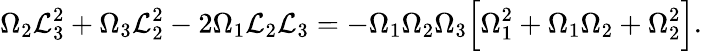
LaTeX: \Omega_{2}\mathcal{L}_{3}^{2}+\Omega_{3}\mathcal{L}_{2}^{2}-2\Omega_{1}\mathcal{L}_{2}\mathcal{L}_{3}=-\Omega_{1}\Omega_{2}\Omega_{3}\Big[\Omega_{1}^{2}+\Omega_{1}\Omega_{2}+\Omega_{2}^{2}\Big].